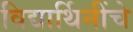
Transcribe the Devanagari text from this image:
विद्यार्थिनींचे